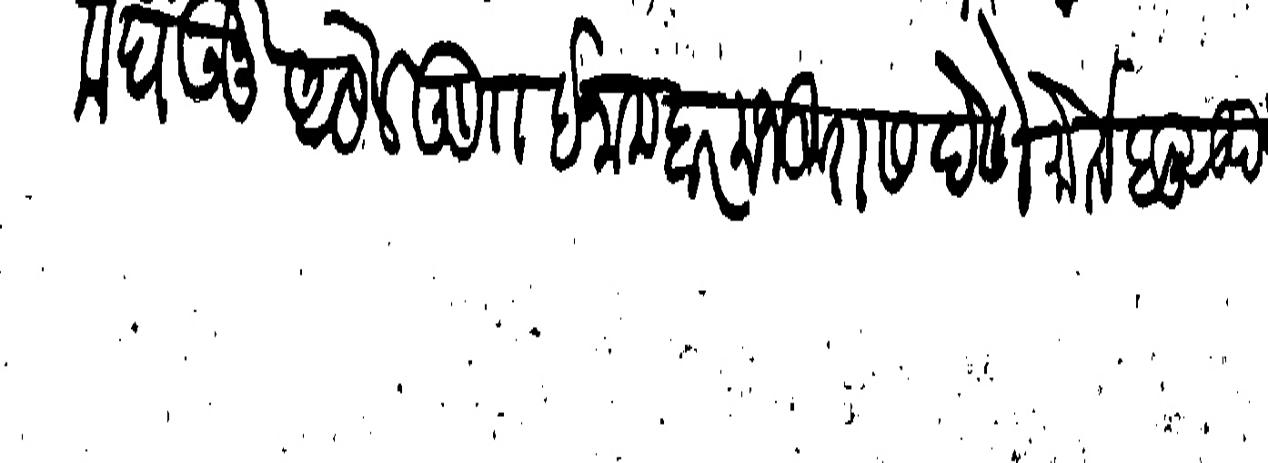
Transliteration (Devanagari): घेऊनु असल खुरा इनामदार मजकुरास देणे मोर्तब सूद